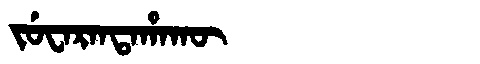
Manchu: ᠵᡠᠸᠠᡵᠠᠨᡨᠠᡥᠠᡴᡡ
Romanization: JUWARANTAHAKŪ